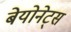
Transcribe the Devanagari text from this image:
बेयोनेट्स